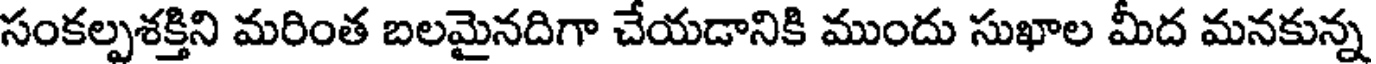
సంకల్పశక్తిని మరింత బలమైనదిగా చేయడానికి ముందు సుఖాల మీద మనకున్న